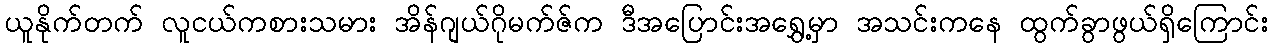
ယူနိုက်တက် လူငယ်ကစားသမား အိန်ဂျယ်ဂိုမက်ဇ်က ဒီအပြောင်းအရွှေ့မှာ အသင်းကနေ ထွက်ခွာဖွယ်ရှိကြောင်း